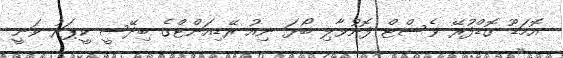
އޮމަޑޫ ގޮޑްފުރޭ ވެސްޓް ފޮނުވާލި ބޯޅަ ނިއު ރޭޑިއަންޓްގެ ބިދޭސީ ކީޕަރު ވަނީ